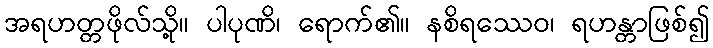
အရဟတ္တဖိုလ်သို့။ ပါပုဏိ၊ ရောက်၏။ နစိရဿေဝ၊ ရဟန္တာဖြစ်၍